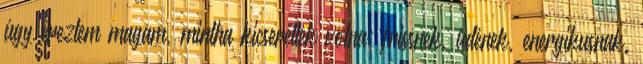
úgy éreztem magam, mintha kicseréltek volna: frissnek, üdének, energikusnak.